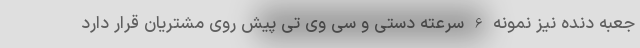
جعبه دنده نیز نمونه 6 سرعته دستی و سی وی تی پیش روی مشتریان قرار دارد